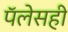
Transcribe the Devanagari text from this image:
पॅलेसही